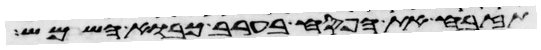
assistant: תזבח את הפסח בערב כבוא השמש